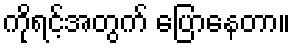
ကိုရင့်အတွက် ပြောနေတာ။